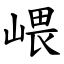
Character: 㟪